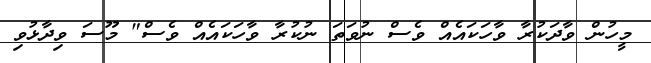
މީހުން ވާދަކުރާ ވާހަކައެއް ވެސް ނުވަތަ ނުކުރާ ވާހަކައެއް ވެސް" މޫސަ ވިދާޅުވި